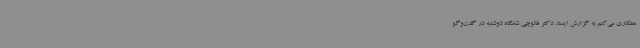
همکاری می‌کنم به گزارش ایسنا، دکتر فائوچی شامگاه دوشنبه در گفت‌وگو